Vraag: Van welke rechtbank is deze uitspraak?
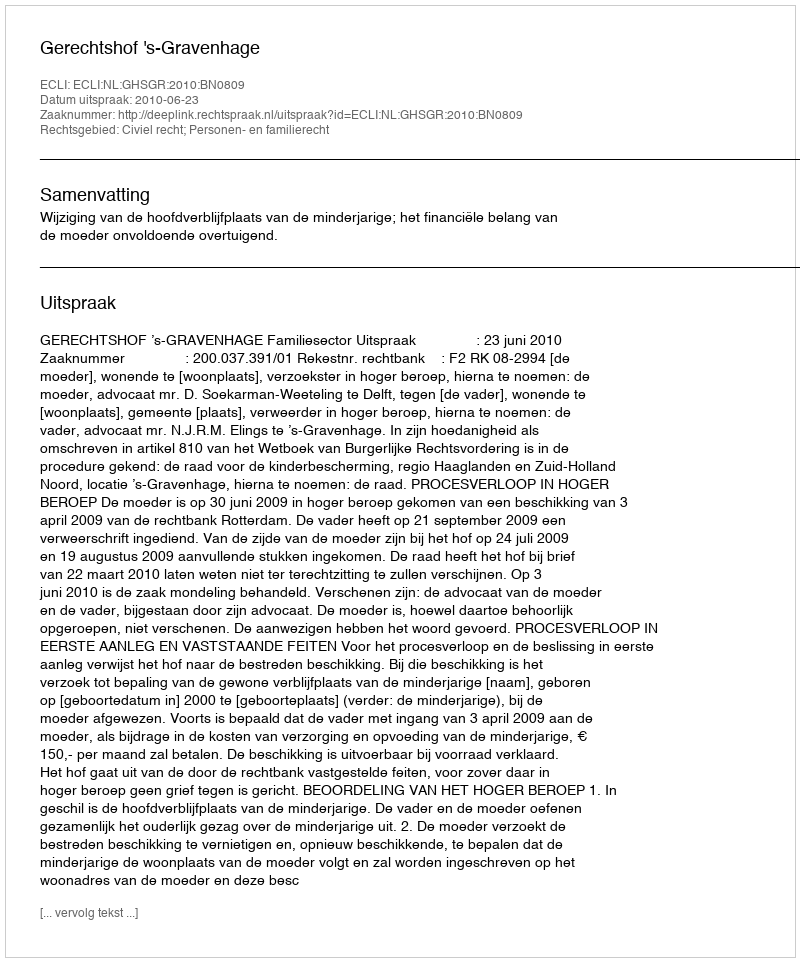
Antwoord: Gerechtshof 's-Gravenhage